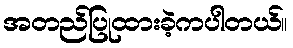
အတည်ပြုထားခဲ့ကပါတယ်။